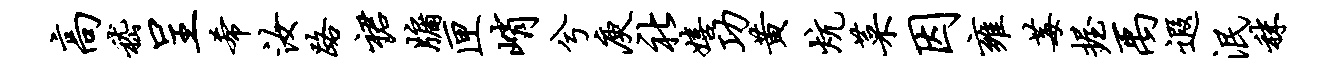
高嵇呈希汝路裙牖匣峭兮庾社嬉功黄炕菜因雍莓握禹遐泯秣